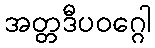
အတ္တဒီပဝဂ္ဂေါ